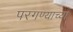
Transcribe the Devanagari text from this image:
परगण्याच्या